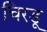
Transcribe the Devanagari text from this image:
चिरडू